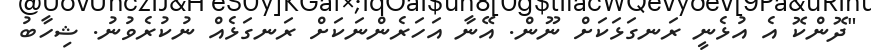
"ދޮންކޮ އެ އުޅެނީ ރަނގަޅަކަށް ނޫން. އޭނާ އަހަރެންނަކަށް ރަނގަޅެއް ނުކުރެވުނު. ޝިހާބު